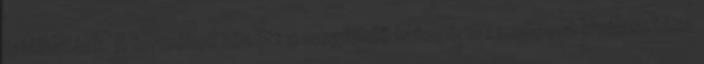
találhatóak. A termékek között a megfelelő kategória menüpont kiválasztása